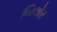
બિલોર